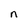
Character: n